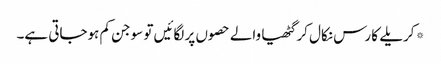
*کریلے کا رس نکال کر گٹھیا والے حصوں پر لگائیں تو سوجن کم ہوجاتی ہے۔